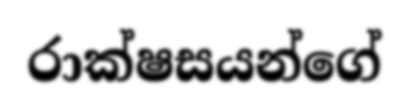
රාක්ෂසයන්ගේ